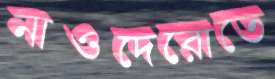
নাওদেরোতে